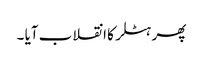
پھر ہٹلر کا انقلاب آیا ۔